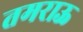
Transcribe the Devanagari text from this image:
तमराऊ